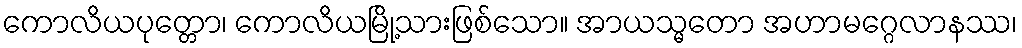
ကောလိယပုတ္တော၊ ကောလိယမြို့သားဖြစ်သော။ အာယသ္မတော အဟာမဂ္ဂေလာနဿ၊